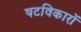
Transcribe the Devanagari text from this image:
षटविकारों